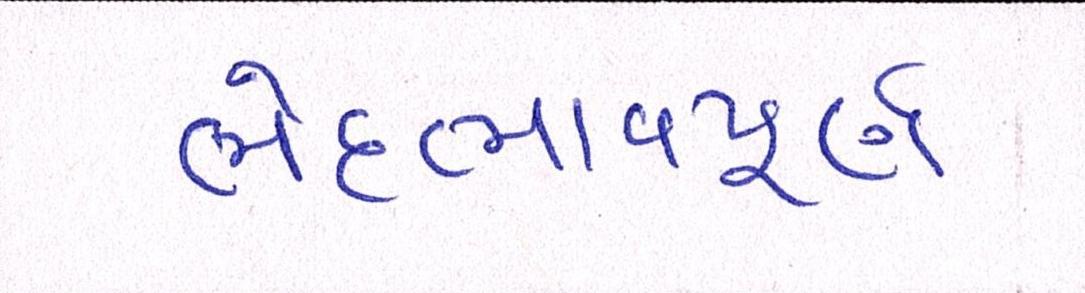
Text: ભેદભાવપૂર્ણ